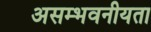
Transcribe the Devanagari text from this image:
असम्भवनीयता